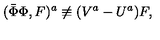
( \bar { \Phi } \Phi , F ) ^ { a } \not \equiv ( V ^ { a } - U ^ { a } ) F ,